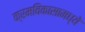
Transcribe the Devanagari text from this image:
क्रमविकासामध्ये